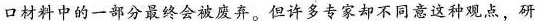
口材料中的一部分最终会被废弃。但许多专家却不同意这种观点，研